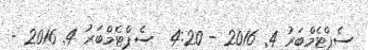
ސެޕްޓެމްބަރު 4